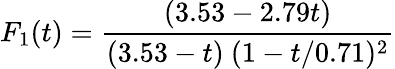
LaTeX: F_{1}(t)={\frac{(3.53-2.79t)}{(3.53-t)\ (1-t/0.71)^{2}}}